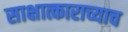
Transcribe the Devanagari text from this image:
साक्षात्काराच्याच